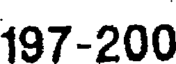
197-200